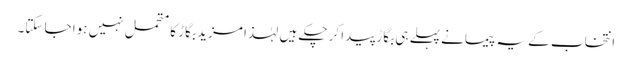
انتخاب کے یہ پیمانے پہلے ہی بگاڑ پیدا کر چکے ہیں لہٰذا مزید بگاڑ کا متحمل نہیں ہوا جا سکتا۔